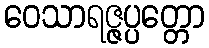
ဝေသာရဇ္ဇပ္ပတ္တော